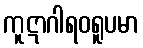
ကူဋာဂါရဝရူပမာ